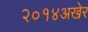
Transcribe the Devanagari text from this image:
२०१४अखेर